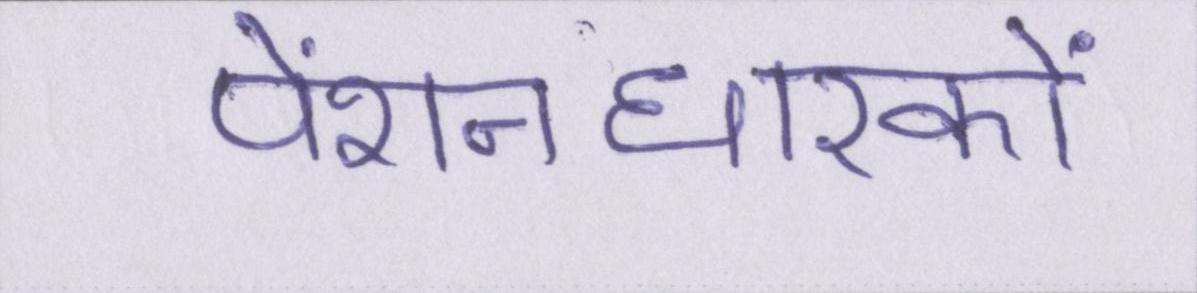
पेंशनधारकों